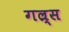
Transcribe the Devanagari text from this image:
गल्र्स